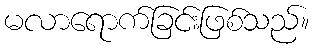
မလာရောက်ခြင်းဖြစ်သည်။